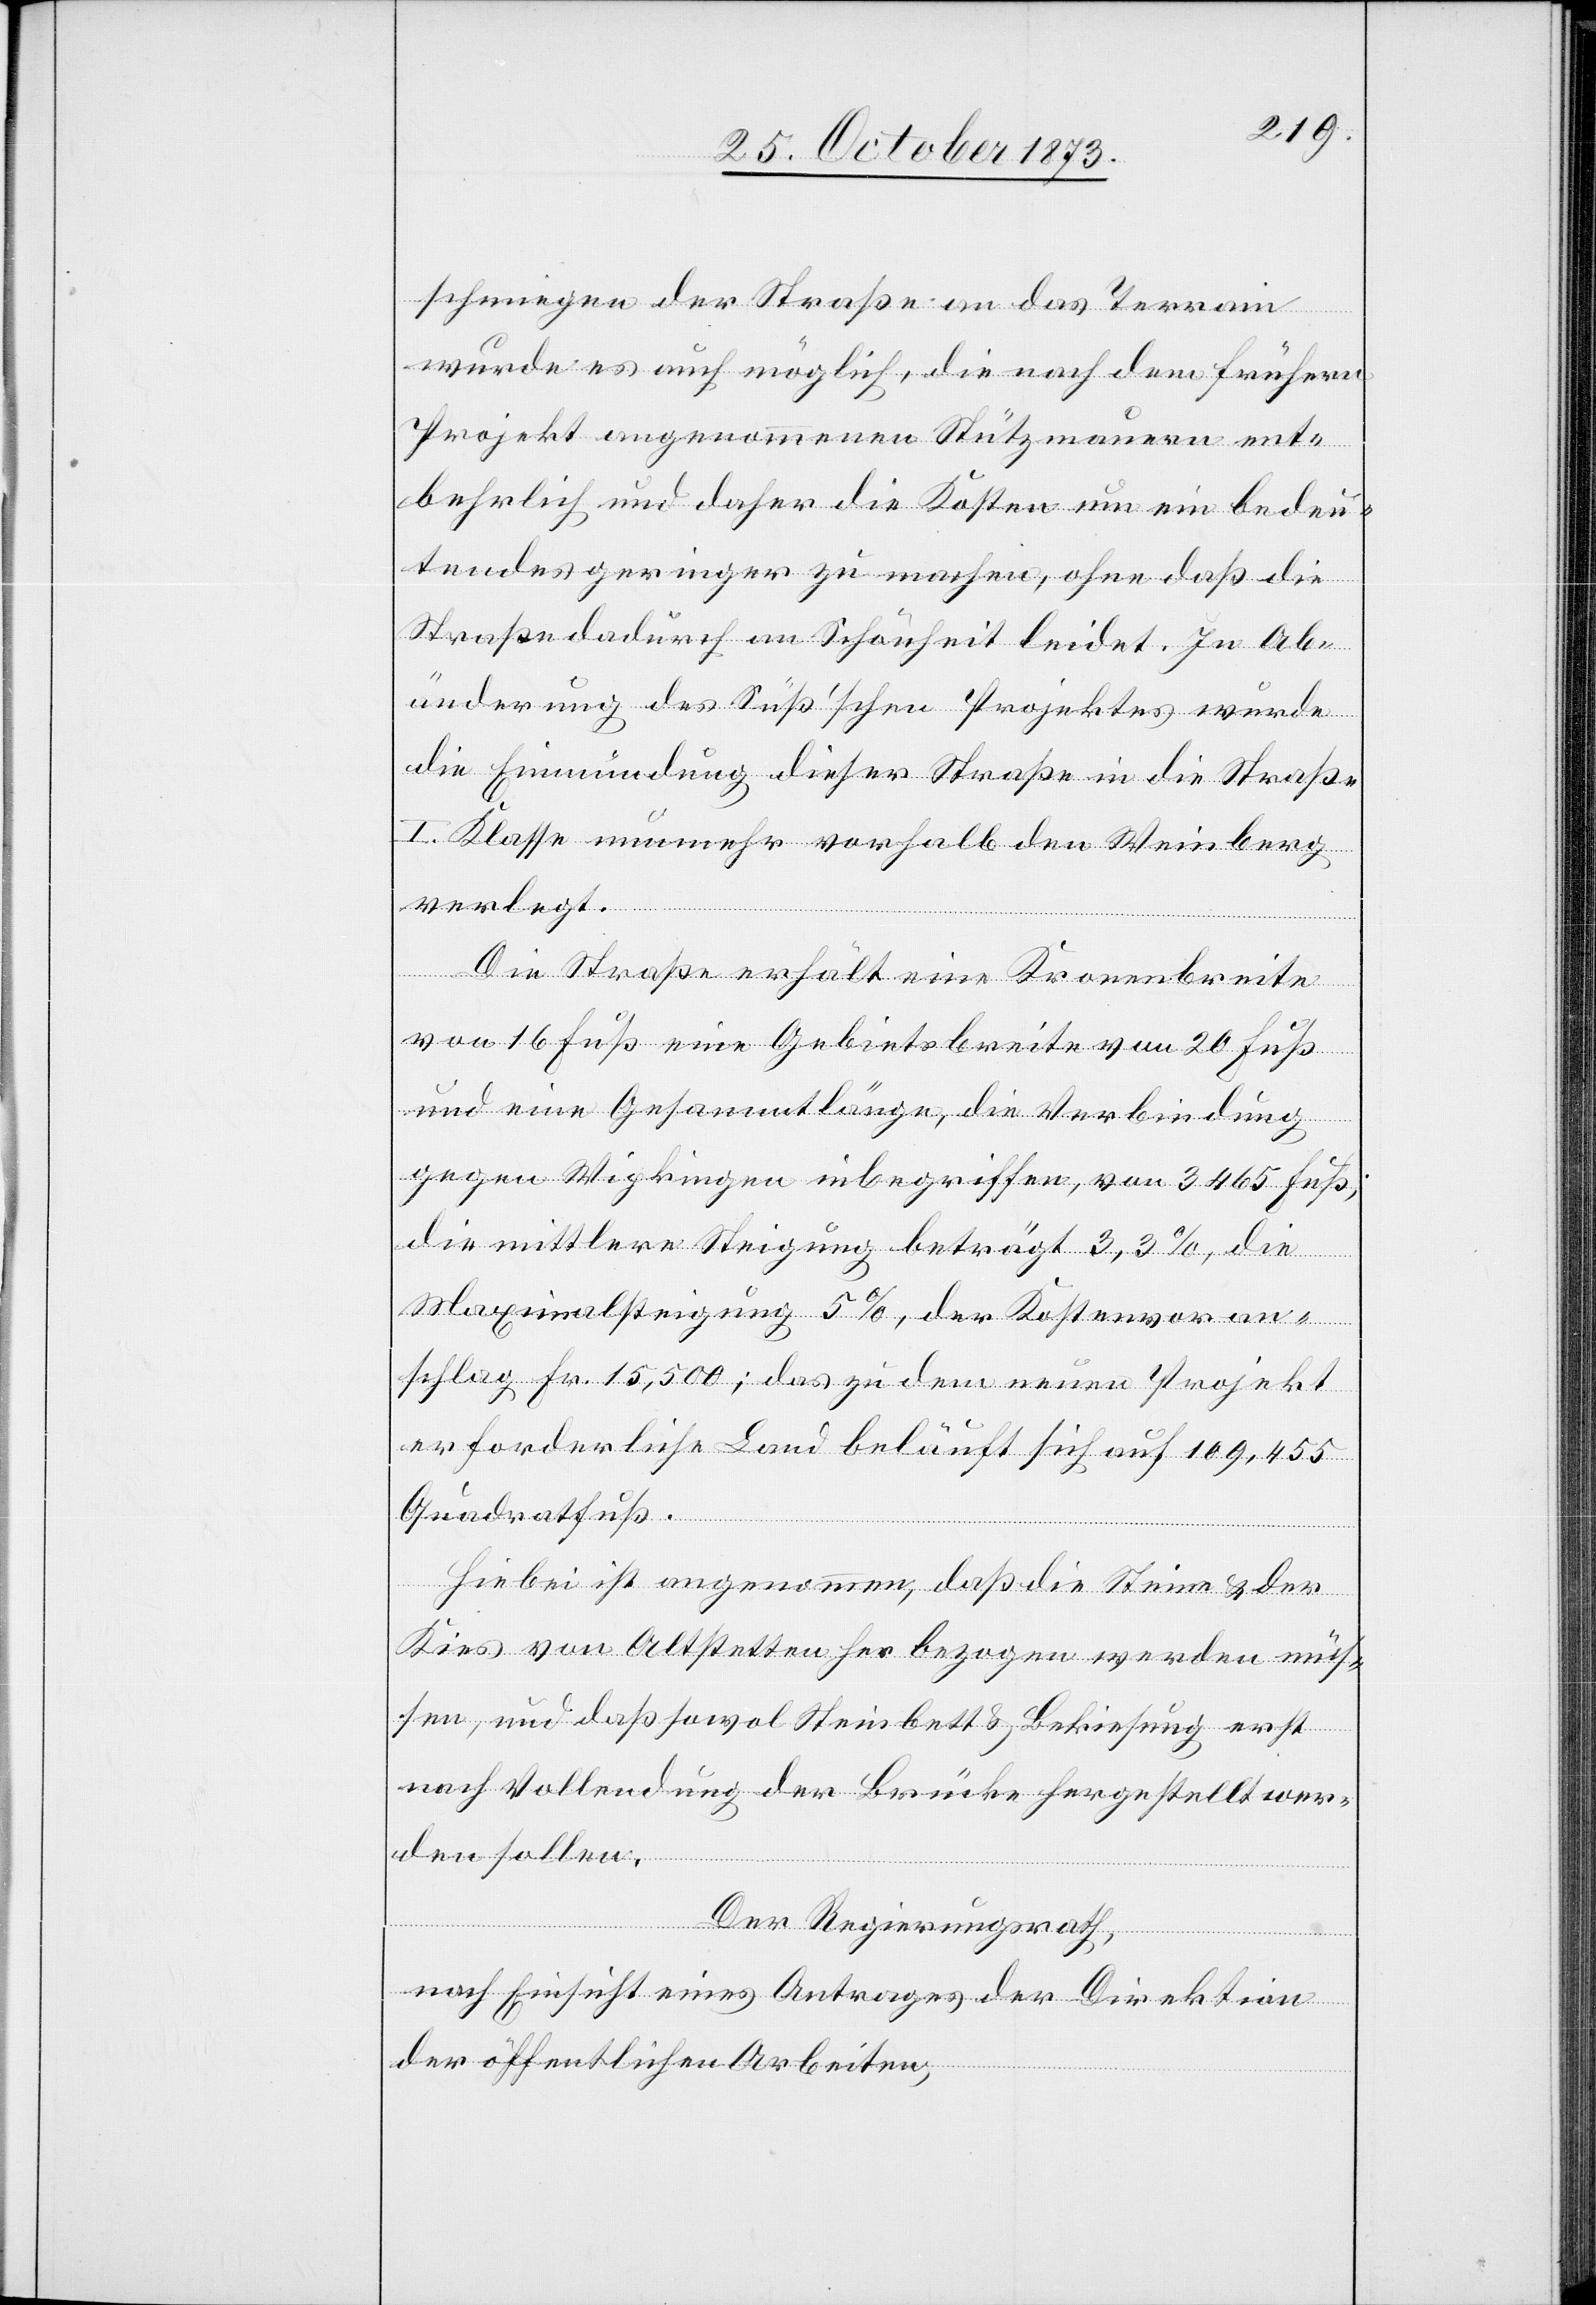
schmiegen der Straße an das Terrain
wurde es auch möglich, die nach dem frühern
Projekt angenommenen Stützmauern ent¬
behrlich und daher die Kosten um ein bedeu¬
tendes geringer zu machen, ohne daß die
Straße dadurch an Schönheit leidet. In Ab¬
änderung des Süß’schen Projektes wurde
die Einmündung dieser Straße in die Straße
I. Klasse nunmehr vorhalb den Weinberg
verlegt.
Die Straße erhält eine Kronenbreite
von 16 Fuß eine Gebietsbreite von 20 Fuß
und eine Gesammtlänge, die Verbindung
gegen Wipkingen inbegriffen, von 3 465 Fuß;
die mittlere Steigung beträgt 3,3%, die
Maximalsteigung 5%, der Kostenvoran¬
schlag Fr. 15,500; das zu dem neuen Projekt
erforderliche Land beläuft sich auf 109,455
Quadratfuß.
Hiebei ist angenommen, daß die Steine & der
Kies von Altstetten her bezogen werden müs¬
sen, und daß sowol Steinbett & Bekiesung erst
nach Vollendung der Brücke hergestellt wer¬
den sollen.
Der Regierungsrath,
nach Einsicht eines Antrages der Direktion
der öffentlichen Arbeiten,